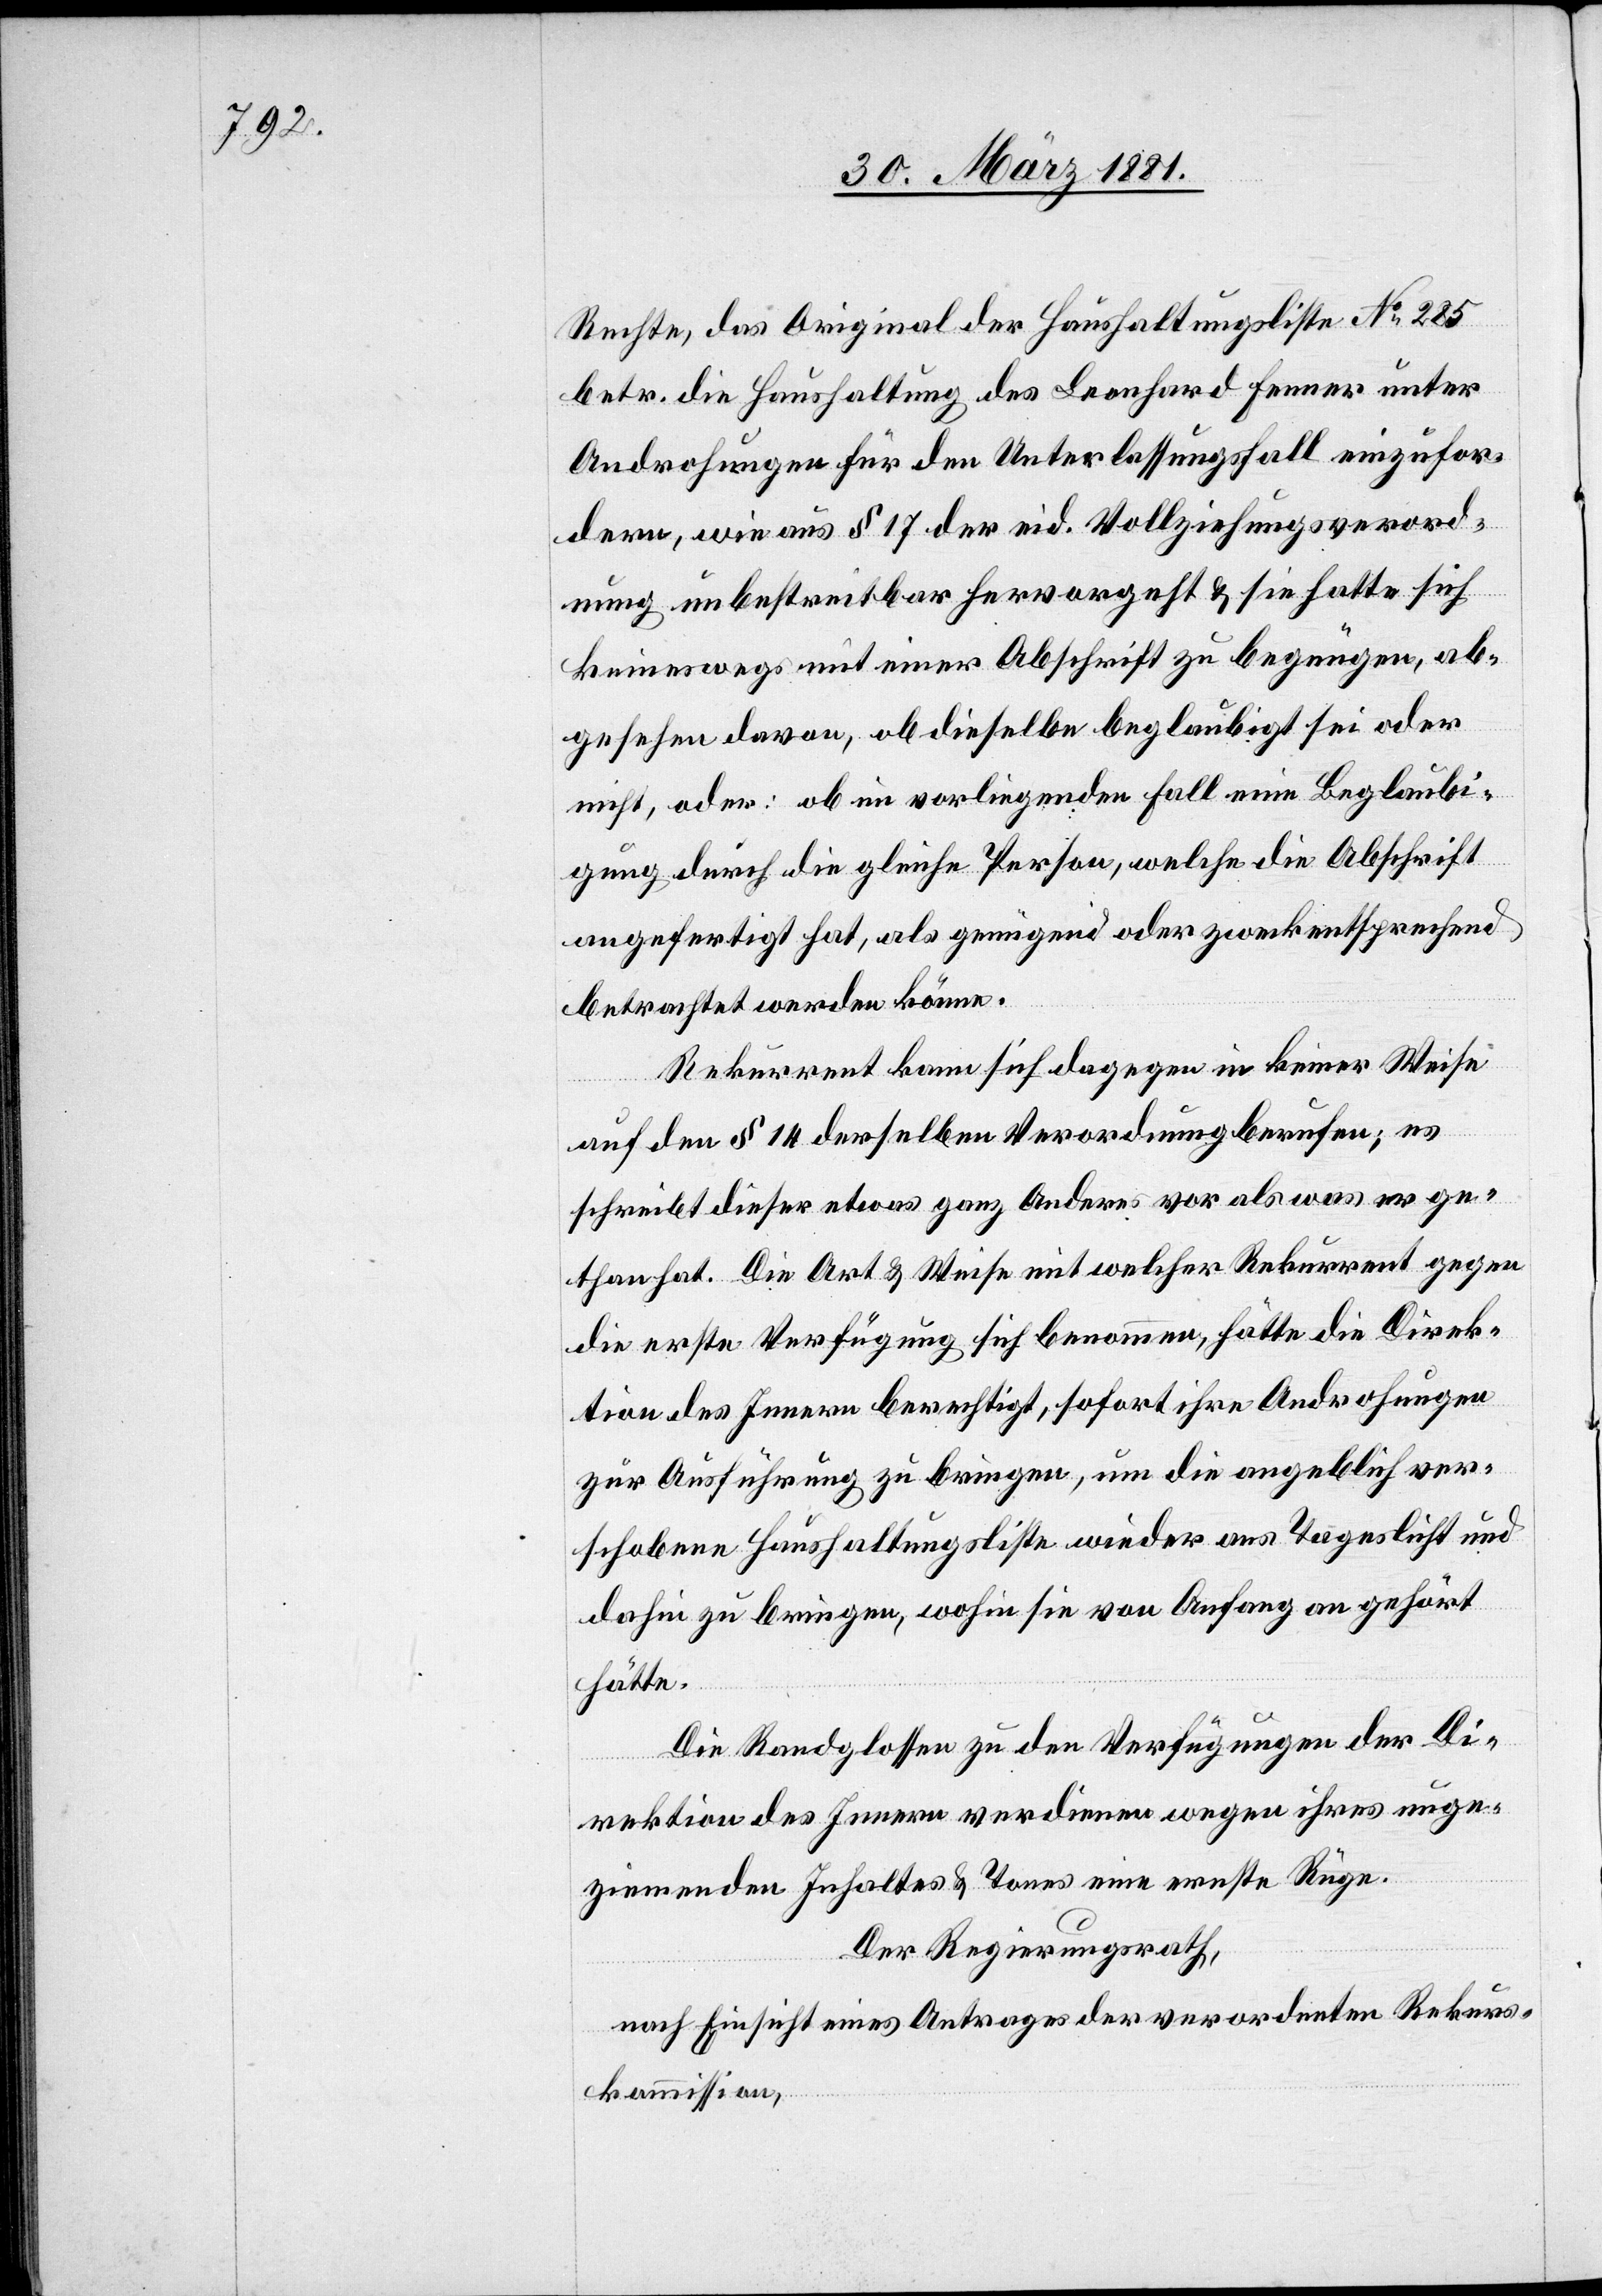
Rechte, das Original der Haushaltungsliste No 285
betr. die Haushaltung des Leonhard Fenner unter
Androhungen für den Unterlassungsfall einzufor¬
dern, wie aus § 17 der eid. Vollziehungsverord¬
nung unbestreitbar hervorgeht & sie hatte sich
keineswegs mit einer Abschrift zu begnügen, ab¬
gesehen davon, ob dieselbe beglaubigt sei oder
nicht oder: ob im vorliegenden Fall eine Beglaubi¬
gung durch die gleiche Person, welche die Abschrift
angefertigt hat, als genügend oder zweckentsprechend
betrachtet werden könne.
Rekurrent kann sich dagegen in keiner Weise
auf den § 14 derselben Verordnung berufen; es
schreibt dieser etwas ganz Anderes vor als was er ge¬
than hat. Die Art & Weise mit welcher Rekurrent gegen
die erste Verfügung sich benommen, hätte die Direk¬
tion des Innern berechtigt, sofort ihre Androhungen
zur Ausführung zu bringen, um die angeblich ver¬
schobene Haushaltungsliste wieder ans Tageslicht und
dahin zu bringen, wohin sie von Anfang an gehört
hätte.
Die Randglossen zu den Verfügungen der Di¬
rektion des Innern verdienen wegen ihres unge¬
ziemenden Inhaltes & Tones eine erste Rüge.
Der Regierungsrath,
nach Einsicht eines Antrages der verordneten Rekurs¬
kommission,